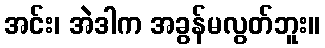
အင်း၊ အဲဒါက အခွန်မလွတ်ဘူး။